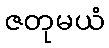
ဇတုမယံ